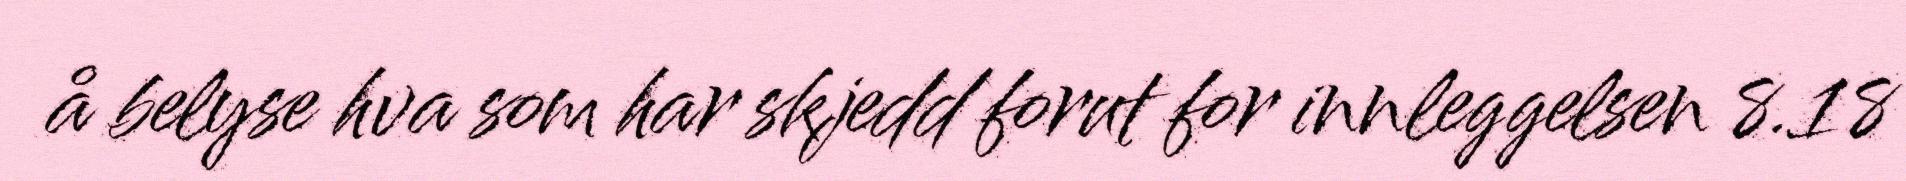
å belyse hva som har skjedd forut for innleggelsen 8.18